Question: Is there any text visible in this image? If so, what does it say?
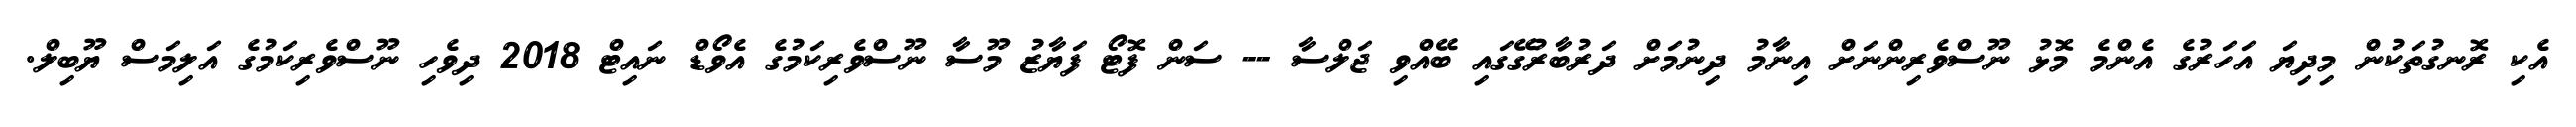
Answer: އެކި ރޮނގުތަކުން މިދިޔަ އަހަރުގެ އެންމެ މޮޅު ނޫސްވެރިންނަށް އިނާމު ދިނުމަށް ދަރުބާރުގޭގައި ބޭއްވި ޖަލްސާ -- ސަން ފޮޓޯ ފަޔާޒު މޫސާ ނޫސްވެރިކަމުގެ އެވޯޑް ނައިޓް 2018 ދިވެހި ނޫސްވެރިކަމުގެ އަލިމަސް ޔޫބިލް.